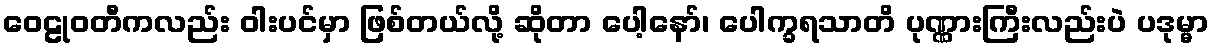
ဝေဠုဝတီကလည်း ဝါးပင်မှာ ဖြစ်တယ်လို့ ဆိုတာ ပေါ့နော်၊ ပေါက္ခရသာတိ ပုဏ္ဏားကြီးလည်းပဲ ပဒုမ္မာ